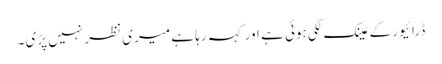
ڈرائیور کے عینک لگی ہوئی ہے اور کہہ رہا ہے میری نظر نہیں پڑی۔